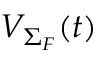
{ \cal V } _ { \Sigma _ { F } } ( t )